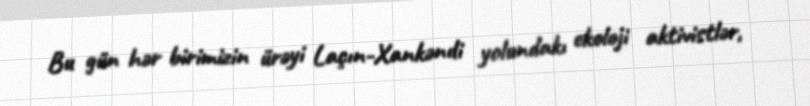
Bu gün hər birimizin ürəyi Laçın-Xankəndi yolundakı ekoloji aktivistlər,